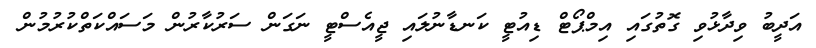
އަދީބު ވިދާޅުވި ގޮތުގައި އިމްޕޯޓް ޑިއުޓީ ކަނޑާނުލައި ޖީއެސްޓީ ނަގަން ސަރުކާރުން މަސައްކަތްކުރުމުން